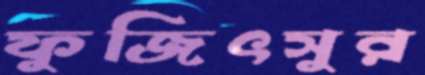
ফুজিৎসুর